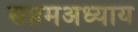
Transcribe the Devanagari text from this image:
सप्तमअध्याय